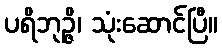
ပရိဘုဉ္ဇိ၊ သုံးဆောင်ပြီ။